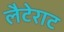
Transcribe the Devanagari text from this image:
लैटेराट